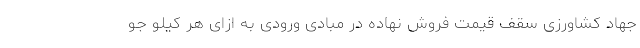
جهاد کشاورزی سقف قیمت فروش نهاده در مبادی ورودی به ازای هر کیلو جو